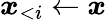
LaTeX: \boldsymbol{x}_{<i}\gets\boldsymbol{x}